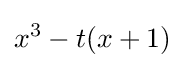
x^{3}-t(x+1)